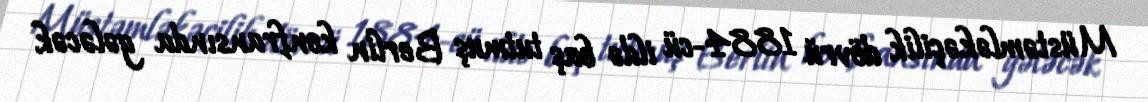
Müstəmləkəçilik dövrü 1884-cü ildə baş tutmuş Berlin konfransında gələcək